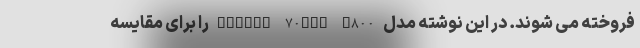
فروخته می شوند. در این نوشته مدل Xiaomi 70mai A800 را برای مقایسه